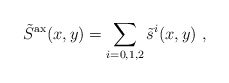
\begin{align*}\tilde{S}^{\rm ax}(x,y)= \sum _{i=0,1,2}\tilde{s}^{i}(x,y) \ ,\end{align*}